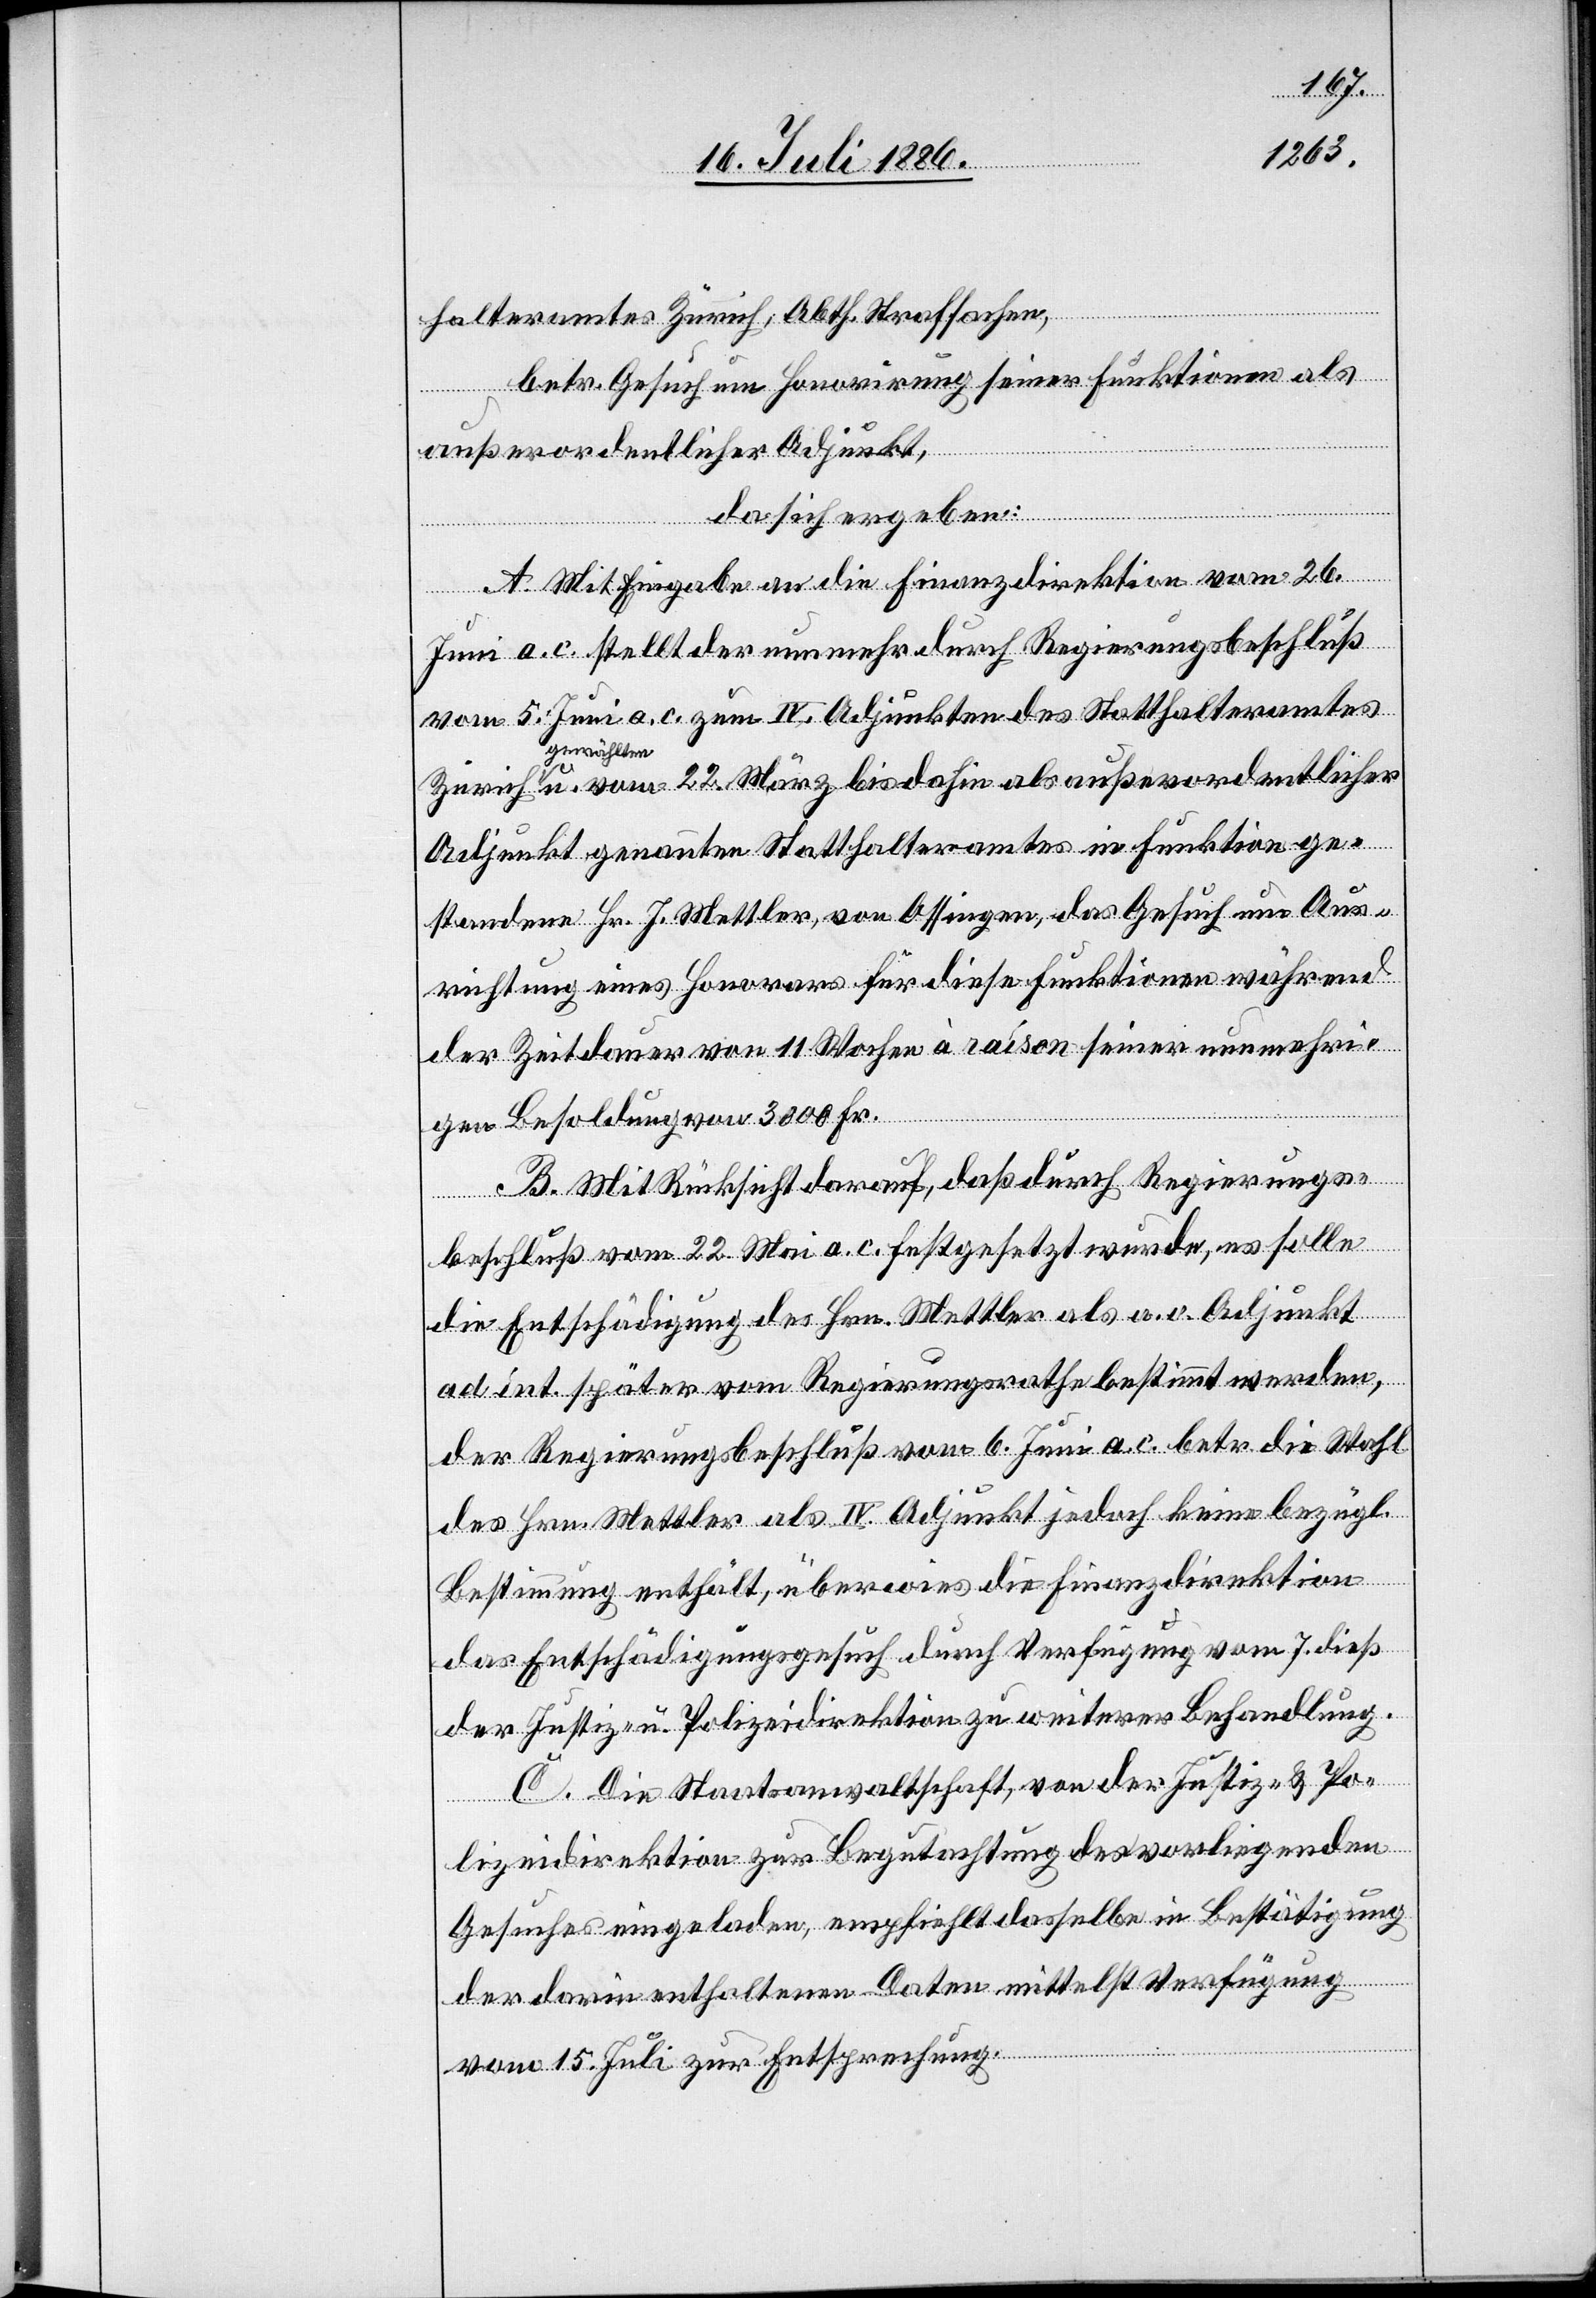
u.
halteramtes Zürich, Abth. Strafsachen,
betr. Gesuch um Honorirung seiner Funktionen als
außerordentlicher Adju¬
da sich ergeben:
A. Mit Eingabe an die Finanzdirektion vom 26.
Juni a. c. stellt der nunmehr durch Regierungsbeschluß
vom 5. Juni a. c. zum IV. Adjunkten des Statthalteramtes
gewählten
nkt genannten Statthalteramtes in Funktion ge¬
standenen Hr. J. Mettler, von Ossingen, das Gesuch um Aus¬
richtung eines Honorars für diese Funktionen während
der Zeitdauer von 11 Wochen à raison seiner nunmehri¬
gen Besoldung von 3000 Fr.
B. Mit Rücksicht darauf, daß durch Regierungs¬
beschluß vom 22. Mai a. c. festgesetzt wurde, es solle
die Entschädigung des Hrn. Mettler als a. o. Adjunkt
ad int. später vom Regierungsrathe bestimmt werden,
der Regierungsbeschluß vom 6. Juni a. c. betr. die Wahl
des Hrn. Mettler als IV. Adjunkt jedoch keine bezügl.
Bestimmung enthält, überwies die Finanzdirektion
das Entschädigungsgesuch durch Verfügung vom 7. dieß
der Justiz- u. Polizeidirektion zu weiterer Behandlung.
C. Die Staatsanwaltschaft, von der Justiz- & Po¬
lizeidirektion zur Begutachtung des vorliegenden
Gesuches eingeladen, empfiehlt dasselbe in Bestätigung
der darin enthaltenen Daten mittelst Verfügung
vom 15. Juli zur Entsprechung.

als